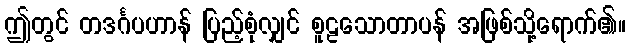
ဤတွင် တဒင်္ဂပဟာန် ပြည့်စုံလျှင် စူဠသောတာပန် အဖြစ်သို့ရောက်၏။